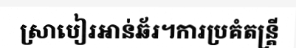
ស្រាបៀរអាន់ឆ័រ។ការប្រគំតន្ត្រី